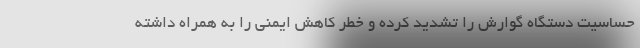
حساسیت دستگاه گوارش را تشدید کرده و خطر کاهش ایمنی را به همراه داشته